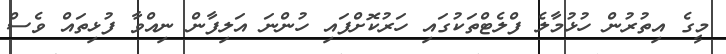
މީގެ އިތުރުން ހުޅުމާލެ ފްލެޓްތަކުގައި ހަރުކޮށްފައި ހުންނަ އަލިފާން ނިއްވާ ފުޅިތައް ވެސް